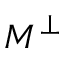
M ^ { \perp }